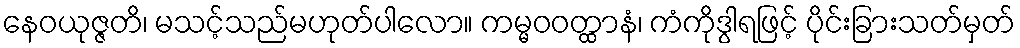
နေဝယုဇ္ဇတိ၊ မသင့်သည်မဟုတ်ပါလော။ ကမ္မဝဝတ္ထာနံ၊ ကံကိုဒွါရဖြင့် ပိုင်းခြားသတ်မှတ်